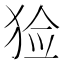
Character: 猃